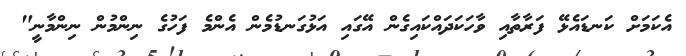
އެކަމަށް ކަނޑައެޅޭ ފަރާތާއި ވާހަކަދައްކައިގެން އޭގައި އަޅުގަނޑުމެން އެންމެ ފަހުގެ ނިންމުން ނިންމާނީ"